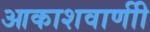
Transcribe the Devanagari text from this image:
आकाशवाणीी